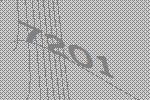
7201